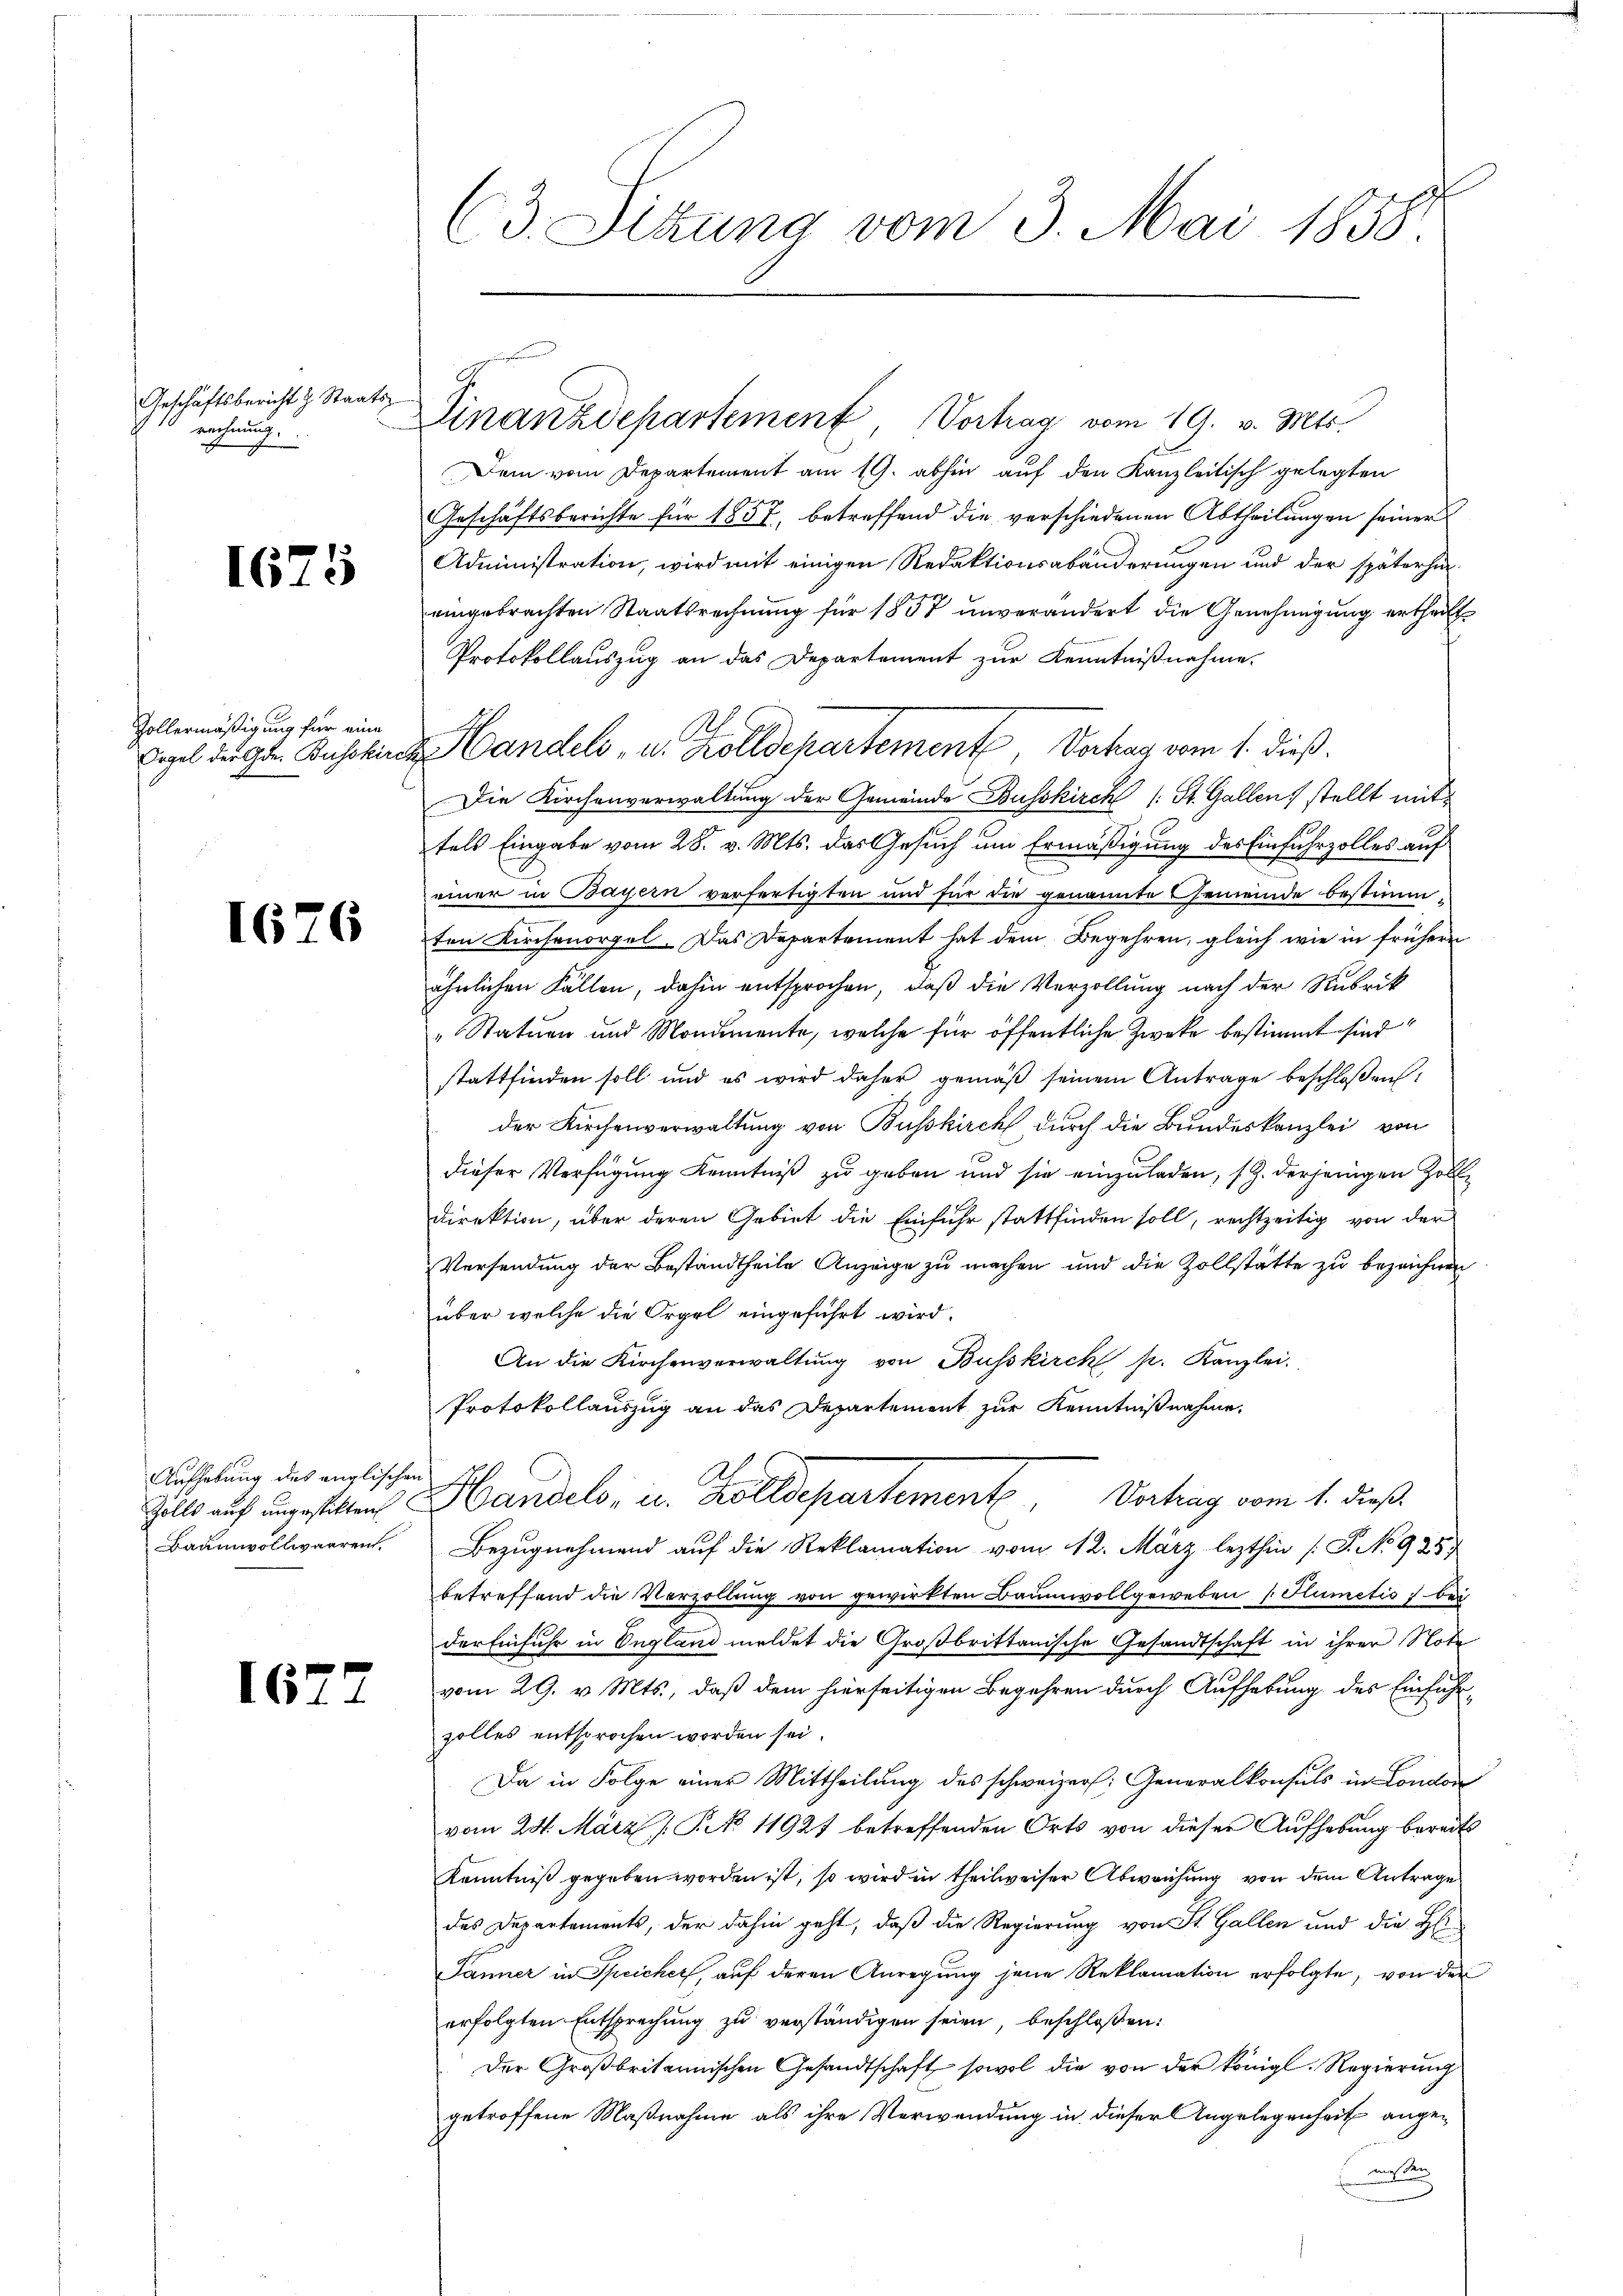
Geschäftsbericht z. Staatsrechnung.

1675

Zollermäßigung für eine

1676

Aufhebung des anglischen
Baumwollwaaren.

1627

(3. Sitzung vom 3. Mai 1858.

Dem vom Departement am 19. abhin auf den Kanzleitisch gelegten
Geschäftsberichte für 1857, betreffend die verschiedenen Abtheilungen seiner
Administration, wird mit einigen Redaktionsabänderungen und der späterhineingebrachten Staatsrechnung für 1857 unverändert die Genehmigung ertheilt
Protokollauszug an das Departement zur Kenntnißnahme.
Sigel der Gen. Auskunde andels- u. Kolldepartemente Verhag vom 1. dieß.
Die Kirchenverwaltung der Gemeinde Busskirch (: St. Gallen, stellt mit
tels Eingabe vom 28. v. Mts. das Gesuch um Ermäßigung des Einfuhrzolles auf
f
einer in Bayern verfertigten und für die genannte Gemeinde bestimmten Kirchenorgel. Das Departement hat dem Begehren, gleich wie in frühern
ähnlichen Fällen, dahin entsprochen, daß die Verzollung nach der Rubrik
„Statuen und Monumente, welche für öffentliche Zwecke bestimmt sind
stattfinden soll und es wird daher gemäß seinem Antrage beschlossen:
der Kirchenverwaltung von Busskirch durch die Bundeskanzlei von
dieser Verfügung Kenntniß zu geben und sie einzuladen, s. Z. derjenigen Zoll¬
Direktion, über deren Gebiet die Einfuhr stattfinden soll, rechtzeitig von der
Versendung der Bestandtheile Anzeige zu machen und die Zollstätte zu bezeichnen
über welche die Orgel eingeführt wird.
An die Kirchenverwaltung von Busskirch p. Kanzlei.
Protokollauszug an das Departement zur Kenntnißnahme,
Zills auf angesetzten Handels- u. Zolldepartement, Vortrag vom 1. dieß
Bezugnehmend auf die Reklamation vom 12. März lezthin (S. No 928
betreffend die Verzollung von gewirkten Baumwollgeweben (Flumetis bei
der Einfuhr in Ungland meldet die Großbrittanische Gesandtschaft in ihrer Note
vom 29. v. Mts., daß dem hierseitigen Begehren durch Aufhebung des Einführ-
zolles entsprochen worden sei.
Da in Folge einer Mittheilung des schweizer: Generalkonsuls in London
vom 28. März [§ 11921 betreffenden Orts von dieser Aufhebung bereits
Kenntniß gegeben worden ist, so wird in theilweiser Abweichung von dem Antrage
das Departements, der dahin geht, daß die Regierung von St. Gallen und die Hei¬
Jänner in Speicher, auf deren Anregung jene Reklamation erfolgte, von der
erfolgten Entsprechung zu verständigen seien, beschloßen:
Der Großbritannischen Gesandtschaft sowol die von der königl. Regierung
getroffene Maßnahme als ihre Verwendung in dieser Angelegenheit angeuns der

Finanzdepartement, Vortrag vom 19. v. Mts.